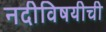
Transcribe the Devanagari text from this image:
नदीविषयीची